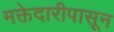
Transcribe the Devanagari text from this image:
मक्तेदारीपासून